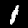
Digit: 1